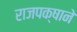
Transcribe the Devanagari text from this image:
राजपक्षाने